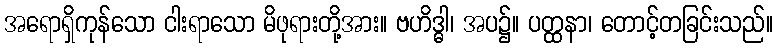
အရောရှိကုန်သော ငါးရာသော မိဖုရားတို့အား။ ဗဟိဒ္ဓါ၊ အပ၌။ ပတ္ထနာ၊ တောင့်တခြင်းသည်။